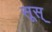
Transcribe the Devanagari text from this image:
सूस्